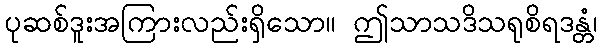
ပုဆစ်ဒူးအကြားလည်းရှိသော။ ဤသာသဒိသရုစိရဒန္တံ၊